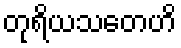
တုရိယသတေဟိ